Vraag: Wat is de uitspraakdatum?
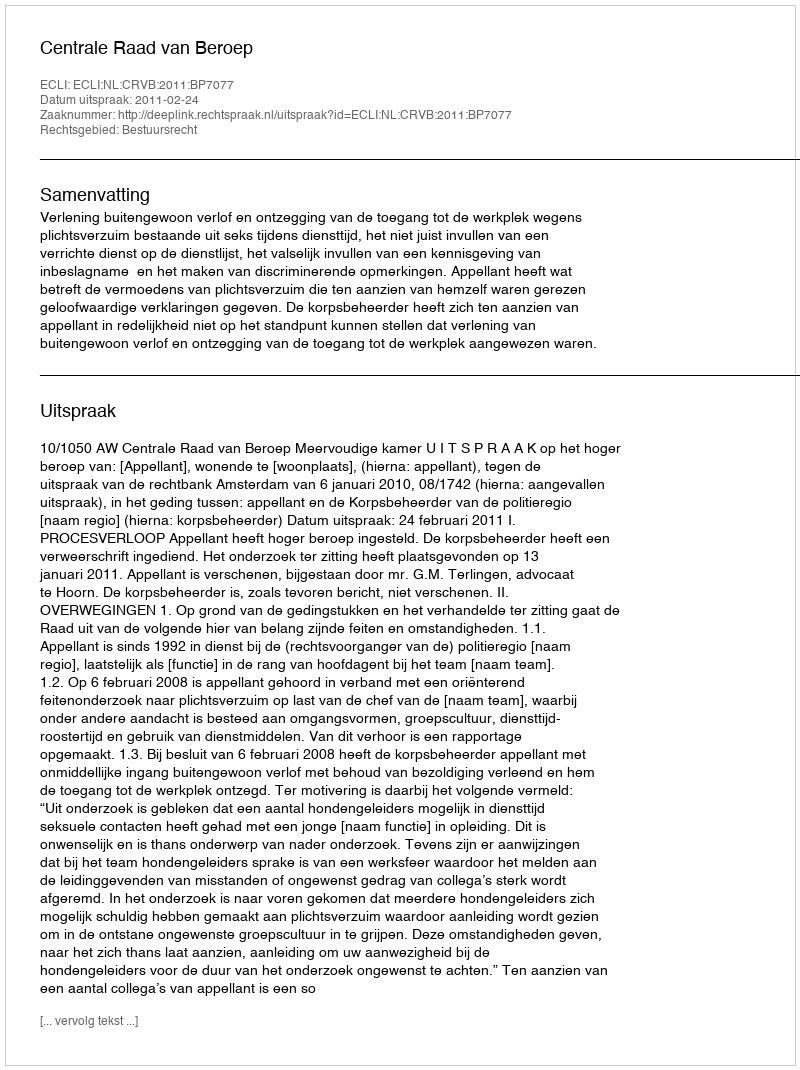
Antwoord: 2011-02-24